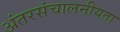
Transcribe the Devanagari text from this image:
अंतरसंचालनीयता